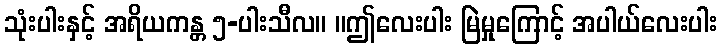
သုံးပါးနှင့် အရိယကန္တ ၅-ပါးသီလ။ ။ဤလေးပါး မြဲမှုကြောင့် အပါယ်လေးပါး